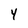
Character: Y